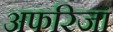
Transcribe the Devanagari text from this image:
अफरिजा